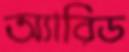
অ্যারিড